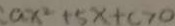
a x ^ { 2 } + 5 x + c > 0